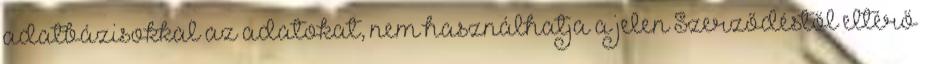
adatbázisokkal az adatokat, nem használhatja a jelen Szerződéstől eltérő